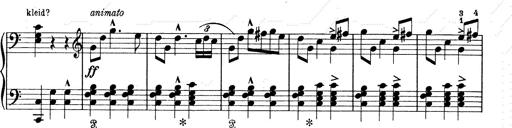
Title: 6 Polish Songs
Composer: Franz Liszt